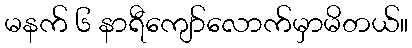
မနက် ၆ နာရီကျော်လောက်မှာမိတယ်။